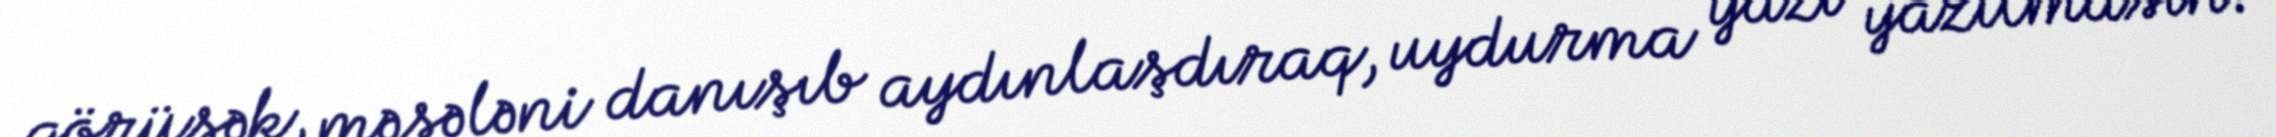
görüşək, məsələni danışıb aydınlaşdıraq, uydurma yazı yazılmasın.